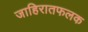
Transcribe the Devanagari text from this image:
जाहिरातफलक